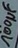
Text: 100µF